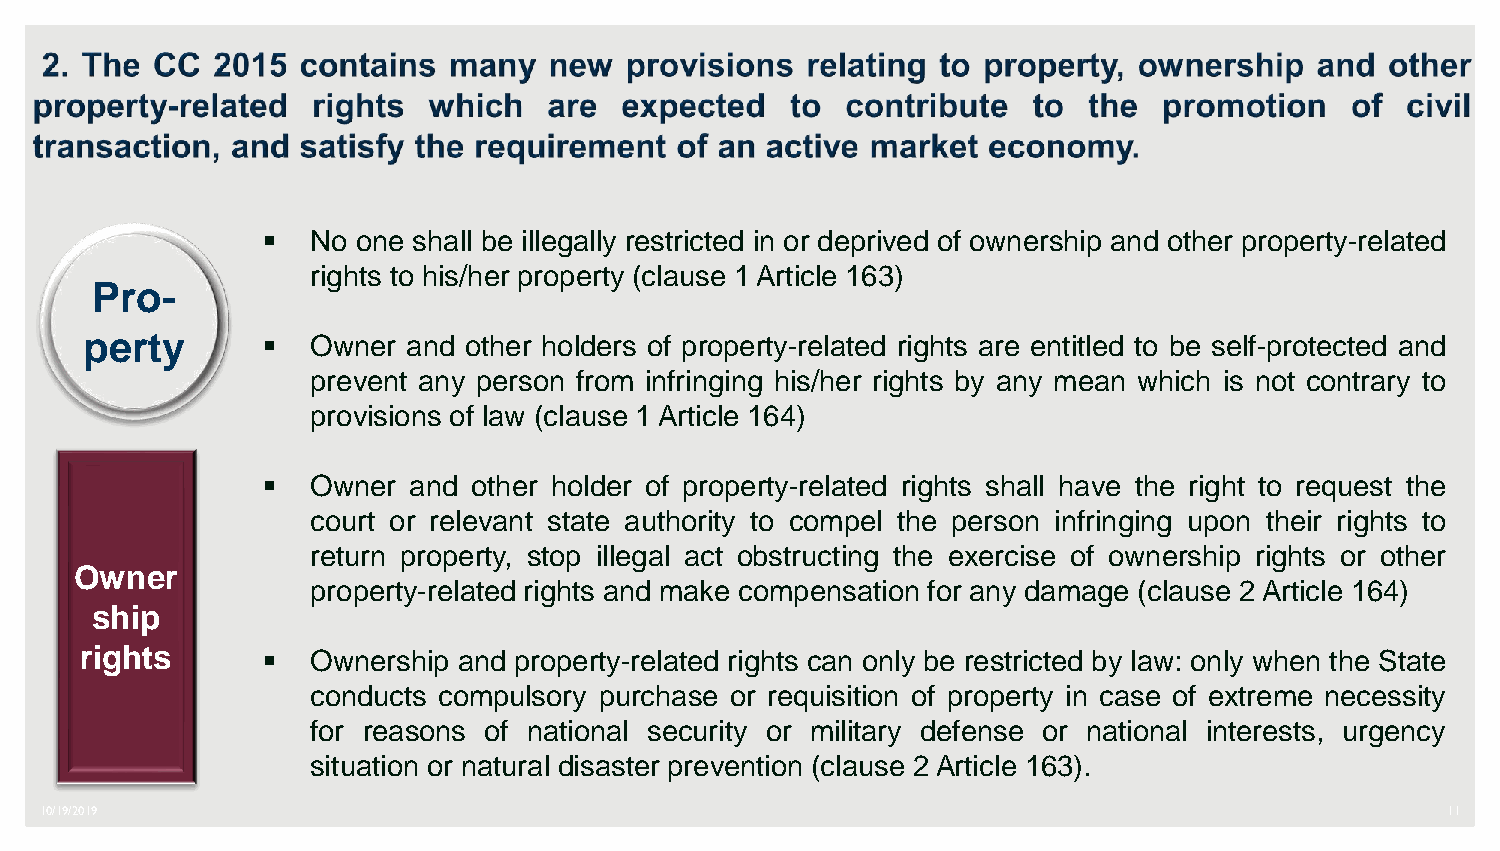
   No one shall be illegally restricted in or deprived of ownership and other property-related
 rights to his/her property (clause 1 Article 163)
 Pro-
 perty         Owner and other holders of property-related rights are entitled to be self-protected and
 prevent any person from infringing his/her rights by any mean which is not contrary to
 provisions of law (clause 1 Article 164)
    Owner and other holder of property-related rights shall have the right to request the
 court or relevant state authority to compel the person infringing upon their rights to
 return property, stop illegal act obstructing the exercise of ownership rights or other
 Owner
 property-related rights and make compensation for any damage (clause 2 Article 164)
 ship
 rights         Ownership and property-related rights can only be restricted by law: only when the State
 conducts compulsory purchase or requisition of property in case of extreme necessity
 for reasons of national security or military defense or national interests, urgency
 situation or natural disaster prevention (clause 2 Article 163).
 10/19/2019                                                                                   11